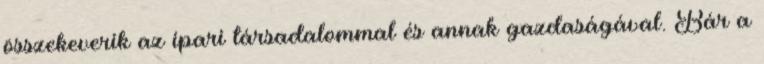
összekeverik az ipari társadalommal és annak gazdaságával. Bár a